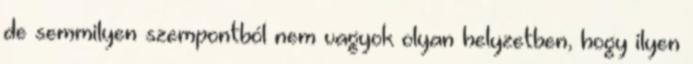
de semmilyen szempontból nem vagyok olyan helyzetben, hogy ilyen